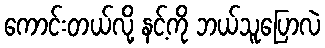
ကောင်းတယ်လို့ နင့်ကို ဘယ်သူပြောလဲ